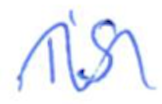
Text: is
Cross-out: mix
Writing tool: ballpoint